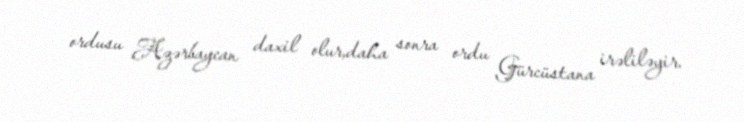
ordusu Azərbaycan daxil olur,daha sonra ordu Gürcüstana irəliləyir.